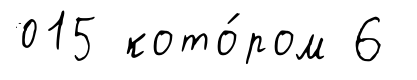
015 кото́ром 6